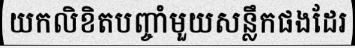
យកលិខិតបញ្ចាំមួយសន្លឹកផងដែរ